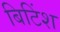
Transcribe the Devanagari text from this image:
बिटिंश